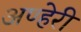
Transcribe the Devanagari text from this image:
अण्हेरी